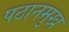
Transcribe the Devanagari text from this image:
पठानमुख